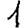
Digit: 1